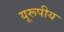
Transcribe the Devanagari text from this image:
यूरूपीय